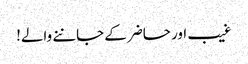
غیب اور حاضر کے جاننے والے!